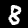
Label: 8